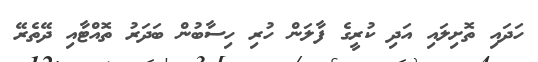
ހަދައި ތޮށިލައި އަދި ކުރީގެ ފާލަން ހުރި ހިސާބުން ބަދަރު ތޮއްޓާއި ދޭތެރޭ